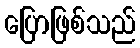
ပြောဖြစ်သည်